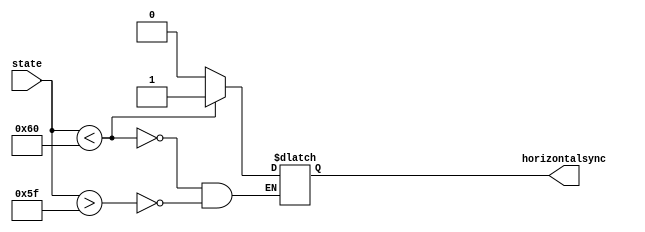
`timescale 1ns / 1ps
//////////////////////////////////////////////////////////////////////////////////
// Company: 
// Engineer: 
// 
// Design Name: 
// Module Name: Horsync
// Project Name: 
// Target Devices: 
// Tool Versions: 
// Description: 
// 
// Dependencies: 
// 
// Revision:
// Revision 0.01 - File Created
// Additional Comments:
// 
//////////////////////////////////////////////////////////////////////////////////


module Horsync(

    output reg horizontalsync,
    input [9:0] state

    );
    
    always@(state)
    begin
        if(state>95) horizontalsync=0;
        if(state<96) horizontalsync=1;
    end
endmodule